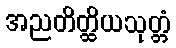
အညတိတ္ထိယသုတ္တံ